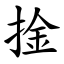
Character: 捦